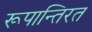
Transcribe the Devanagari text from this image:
रूपान्तिरत